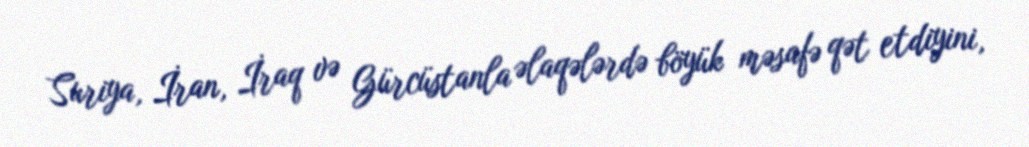
Suriya, İran, İraq və Gürcüstanla əlaqələrdə böyük məsafə qət etdiyini,